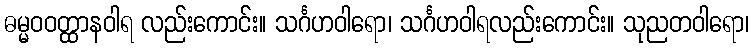
ဓမ္မဝဝတ္ထာနဝါရ လည်းကောင်း။ သင်္ဂဟဝါရော၊ သင်္ဂဟဝါရလည်းကောင်း။ သုညတဝါရော၊